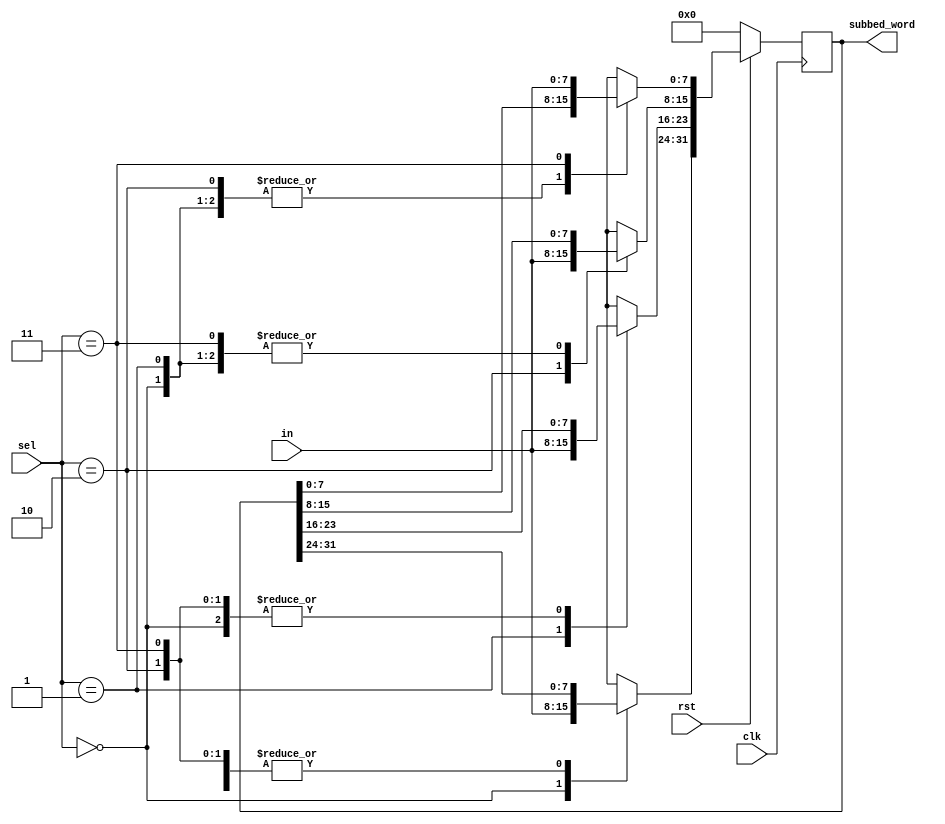
`timescale 1ns / 1ps
//////////////////////////////////////////////////////////////////////////////////
// Company: 
// Engineer: 
// 
// Design Name: 
// Module Name: addr_alocate
// Project Name: 
// Target Devices: 
// Tool Versions: 
// Description: 
// 
// Dependencies: 
// 
// Revision:
// Revision 0.01 - File Created
// Additional Comments:
// 
//////////////////////////////////////////////////////////////////////////////////


module addr_alocate
    (
        output reg [31:0] subbed_word,
        input [1:0] sel,
        input [7:0] in,
        input clk,rst
    );

    always @(posedge clk) 
    begin
        if (~rst)
        begin
            subbed_word=0;    
        end
        else
        begin
            case (sel)
            0:subbed_word[31:24]=in;
            1:subbed_word[23:16]=in;
            2:subbed_word[15:8]=in;
            3:subbed_word[7:0]=in; 
            default: subbed_word=0;
        endcase   
        end 
    end
endmodule